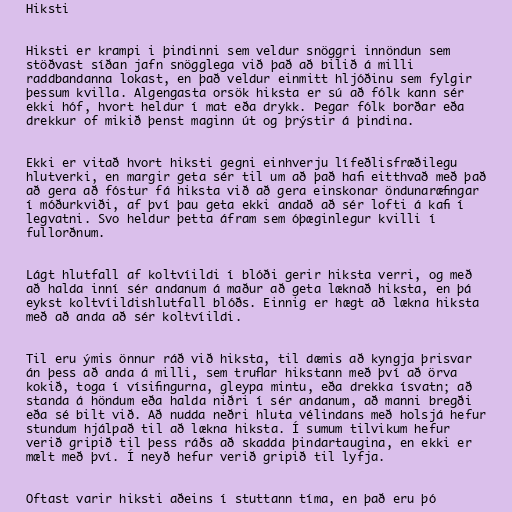
Hiksti

Hiksti er krampi i þindinni sem veldur snöggri innöndun sem
stöðvast síðan jafn snögglega við það að bilið á milli
raddbandanna lokast, en það veldur einmitt hljóðinu sem fylgir
þessum kvilla. Algengasta orsök hiksta er sú að fólk kann sér
ekki hóf, hvort heldur í mat eða drykk. Þegar fólk borðar eða
drekkur of mikið þenst maginn út og þrýstir á þindina.

Ekki er vitað hvort hiksti gegni einhverju lífeðlisfræðilegu
hlutverki, en margir geta sér til um að það hafi eitthvað með það
að gera að fóstur fá hiksta við að gera einskonar öndunaræfingar
í móðurkviði, af því þau geta ekki andað að sér lofti á kafi í
legvatni. Svo heldur þetta áfram sem óþæginlegur kvilli í
fullorðnum.

Lágt hlutfall af koltvíildi í blóði gerir hiksta verri, og með
að halda inní sér andanum á maður að geta læknað hiksta, en þá
eykst koltvíildishlutfall blóðs. Einnig er hægt að lækna hiksta
með að anda að sér koltvíildi.

Til eru ýmis önnur ráð við hiksta, til dæmis að kyngja þrisvar
án þess að anda á milli, sem truflar hikstann með því að örva
kokið, toga í vísifingurna, gleypa mintu, eða drekka ísvatn; að
standa á höndum eða halda niðri í sér andanum, að manni bregði
eða sé bilt við. Að nudda neðri hluta vélindans með holsjá hefur
stundum hjálpað til að lækna hiksta. Í sumum tilvikum hefur
verið gripið til þess ráðs að skadda þindartaugina, en ekki er
mælt með því. Í neyð hefur verið gripið til lyfja.

Oftast varir hiksti aðeins í stuttann tíma, en það eru þó